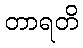
တာရတိ